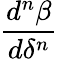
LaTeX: \frac{d^{n}\beta}{d\delta^{n}}